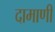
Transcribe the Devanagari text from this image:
दामाणी